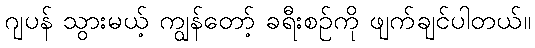
ဂျပန် သွားမယ့် ကျွန်တော့် ခရီးစဉ်ကို ဖျက်ချင်ပါတယ်။